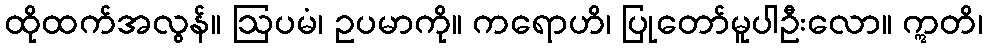
ထိုထက်အလွန်။ ဩပမံ၊ ဥပမာကို။ ကရောဟိ၊ ပြုတော်မူပါဦးလော။ ဣတိ၊